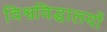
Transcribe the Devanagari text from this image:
विश्वविद्धालयों